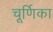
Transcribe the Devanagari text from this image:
चूर्णिका